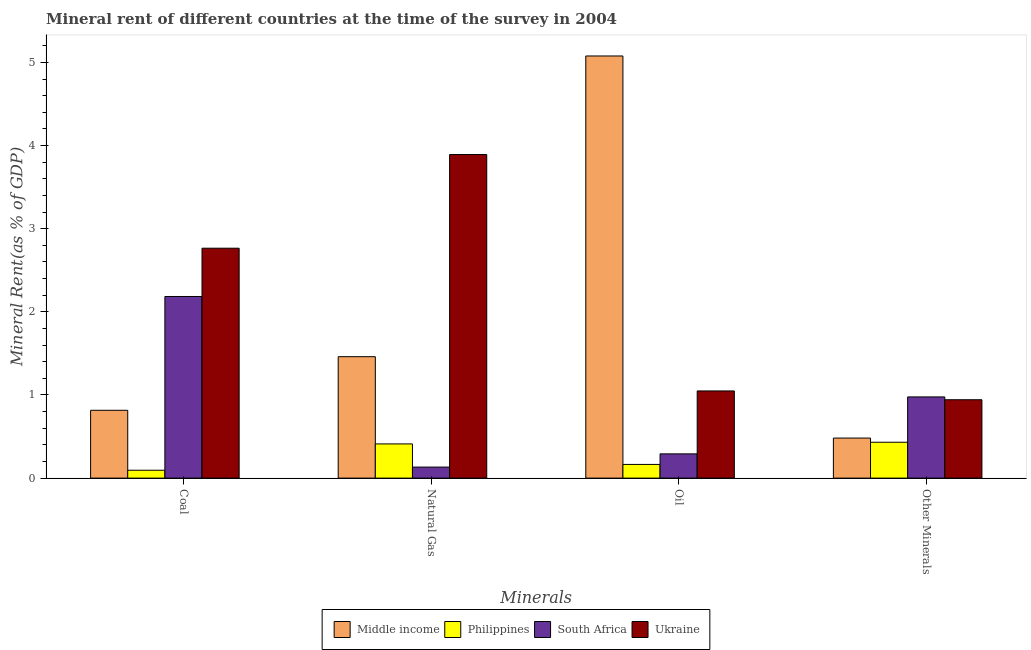
| Minerals | Middle income | Philippines | South Africa | Ukraine |
 | --- | --- | --- | --- | --- |
 | Coal | 0.816 | 0.0947 | 2.18 | 2.77 |
 | Natural Gas | 1.46 | 0.411 | 0.133 | 3.89 |
 | Oil | 5.08 | 0.165 | 0.292 | 1.05 |
 | Other Minerals | 0.482 | 0.431 | 0.977 | 0.943 |